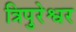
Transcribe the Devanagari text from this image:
त्रिपुरेश्वर